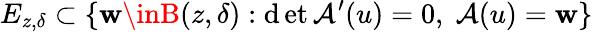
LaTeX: E_{z,\delta}\subset\{ \mathbf{w}\inB(z,\delta):\operatorname*{\mathrm{d}et}\mathcal{{A}}^{\prime}(u)=0,\; \mathcal{{A}}(u)=\mathbf{w}\}